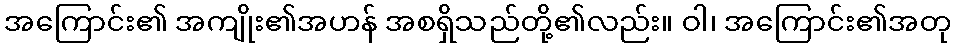
အကြောင်း၏ အကျိုး၏အဟန် အစရှိသည်တို့၏လည်း။ ဝါ၊ အကြောင်း၏အတု